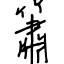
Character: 簫